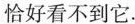
恰好看不到它.